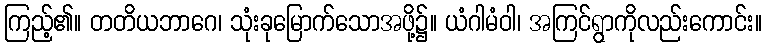
ကြည့်၏။ တတိယဘာဂေ၊ သုံးခုမြောက်သောအဖို့၌။ ယံဂါမံဝါ၊ အကြင်ရွာကိုလည်းကောင်း။